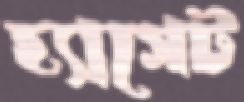
হ্যাগেট